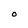
Character: O